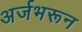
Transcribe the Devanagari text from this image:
अर्जभरून